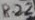
Text: R22